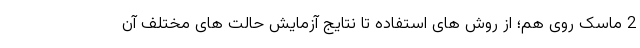
2 ماسک روی هم؛ از روش های استفاده تا نتایج آزمایش حالت های مختلف آن